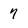
Character: 7